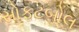
સોફટબોલ